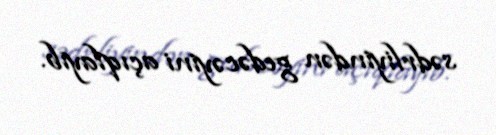
sədrliyindən gedəcəyini açıqlayıb.